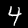
Digit: 4